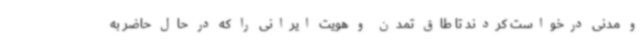
و مدنی درخواست کردند تا طاق تمدن و هویت ایرانی را که در حال حاضر به